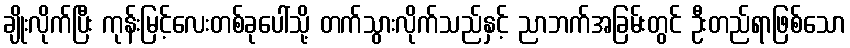
ချိုးလိုက်ပြီး ကုန်းမြင့်လေးတစ်ခုပေါ်သို့ တက်သွားလိုက်သည်နှင့် ညာဘက်အခြမ်းတွင် ဦးတည်ရာဖြစ်သော